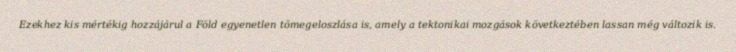
Ezekhez kis mértékig hozzájárul a Föld egyenetlen tömegeloszlása is, amely a tektonikai mozgások következtében lassan még változik is.